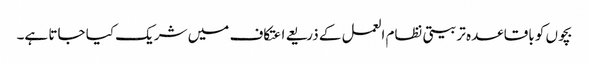
بچوں کو باقاعدہ تربیتی نظام العمل کے ذریعے اعتکاف میں شریک کیا جاتا ہے۔